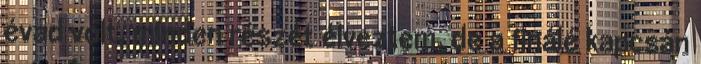
évad volt, minden részét élveztem, de a finálé kapcsán